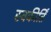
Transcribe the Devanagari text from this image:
स्वकीर्तिं